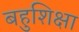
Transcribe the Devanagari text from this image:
बहुशिक्षा